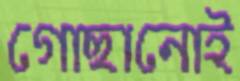
গোছানোই